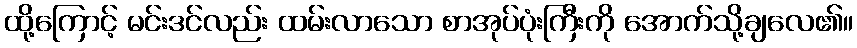
ထို့ကြောင့် မင်းဒင်လည်း ထမ်းလာသော စာအုပ်ပုံးကြီးကို အောက်သို့ချလေ၏။